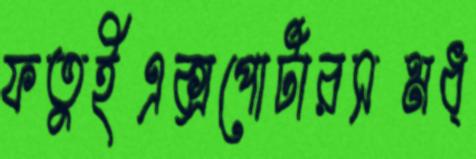
ফতুইএক্সপোর্টারসমধ্